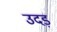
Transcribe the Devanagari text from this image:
उदड़